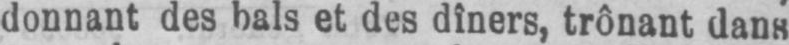
et des dîners, trônant dans